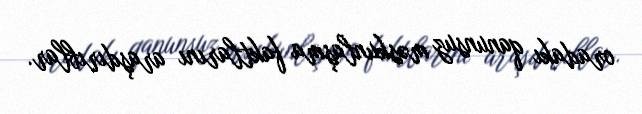
oradakı qanunsuz məskunlaşma faktlarını araşdırıblar.